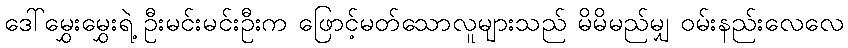
ဒေါ်မွှေးမွှေးရဲ့ ဦးမင်းမင်းဦးက ဖြောင့်မတ်သောလူများသည် မိမိမည်မျှ ဝမ်းနည်းလေလေ